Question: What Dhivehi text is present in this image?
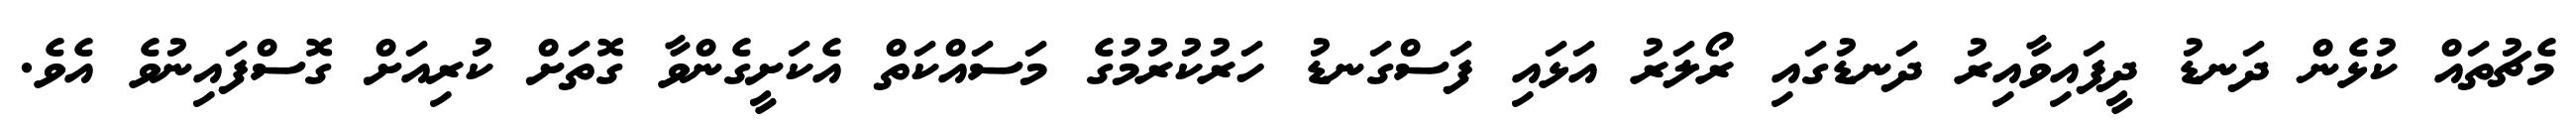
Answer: މެޗުތައް ކުޅެން ދަނޑު ދީފައިވާއިރު ދަނޑުގައި ރޯލަރު އަޅައި ފަސްގަނޑު ހަރުކުރުމުގެ މަސައްކަތް އެކަށީގެންވާ ގޮތަށް ކުރިއަށް ގޮސްފައިނުވެ އެވެ.